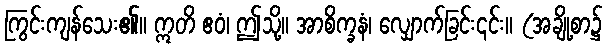
ကြွင်းကျန်သေး၏။ ဣတိ ဧဝံ၊ ဤသို့။ အာစိက္ခနံ၊ လျှောက်ခြင်း၎င်း။ (အချို့စာ၌